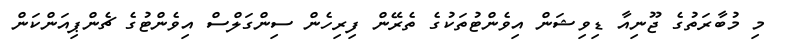
މި މުބާރަތުގެ ޖޫނިއާ ޑިވިޝަން އިވެންޓުތަކުގެ ތެރޭން ފިރިހެން ސިންގަލްސް އިވެންޓުގެ ޗެންޕިއަންކަން